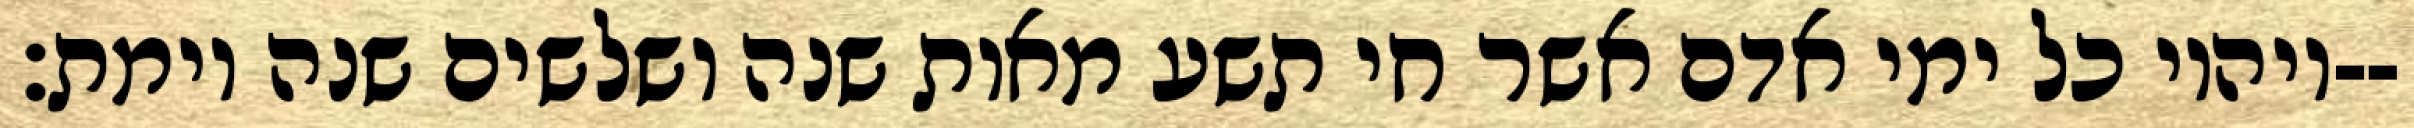
ויהיו כל ימי אדם אשר חי תשע מאות שנה ושלשים שנה וימת׃--